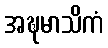
အဍ္ဎမာသိကံ